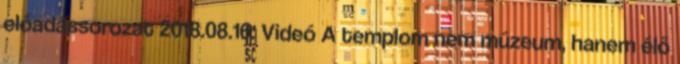
előadássorozat 2018.08.16. Videó A templom nem múzeum, hanem élő